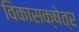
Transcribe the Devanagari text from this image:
विकासक्षेत्र